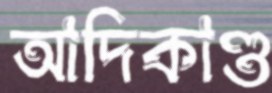
আদিকাণ্ড